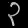
Digit: ၃